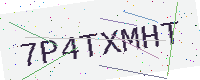
Text: 7P4TXMHT